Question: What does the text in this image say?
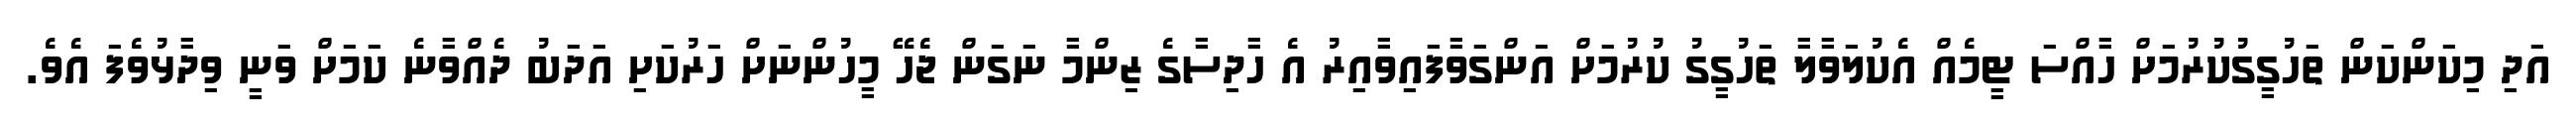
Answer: އަދި މިކަންކަން ތަހުގީގުކުރުމަށް ހާއްސަ ޓީމެއް އެކުލަވާލާ ތަހުގީގު ކުރުމަށް އަންގަވާފައިވާއިރު އެ ހާދިސާގެ ޒިންމާ ނަގަން ޖެހޭ މީހުންނަށް ހަރުކަށި އަދަބު ދެއްވާނެ ކަމަށް ވަނީ ވިދާޅުވެފަ އެވެ.